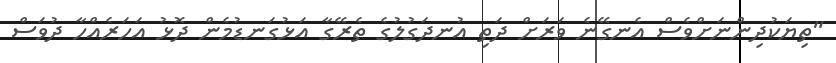
"ތިޔަކުދިންނަށްވެސް އެނގޭނެ ވަރަށް ދަތި އުނދަގުލުގެ ތެރޭގާ އަޅުގަނޑުމެން ދޮޅު އަހަރެއްހާ ދުވަސް